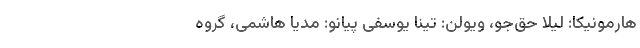
هارمونیکا: لیلا حق‌جو، ویولن: تینا یوسفی پیانو: مدیا هاشمی، گروه